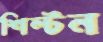
শিল্টন